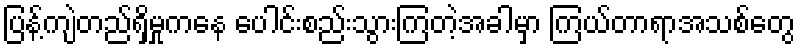
ပြန့်ကျဲတည်ရှိမှုကနေ ပေါင်းစည်းသွားကြတဲ့အခါမှာ ကြယ်တာရာအသစ်တွေ